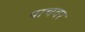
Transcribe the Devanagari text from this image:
पाचवर